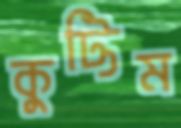
কুট্টিম